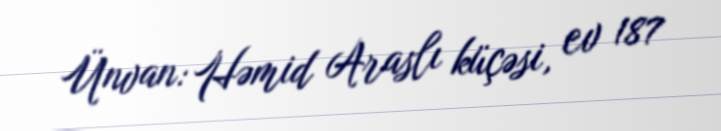
Ünvan: Həmid Araslı küçəsi, ev 187